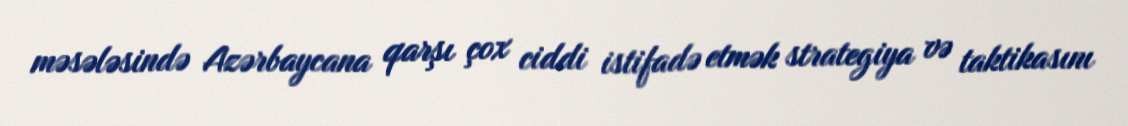
məsələsində Azərbaycana qarşı çox ciddi istifadə etmək strategiya və taktikasını